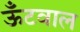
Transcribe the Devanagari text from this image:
ऊँटवाल